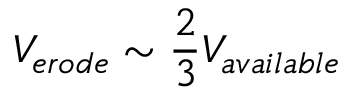
V _ { e r o d e } \sim \frac { 2 } { 3 } V _ { a v a i l a b l e }